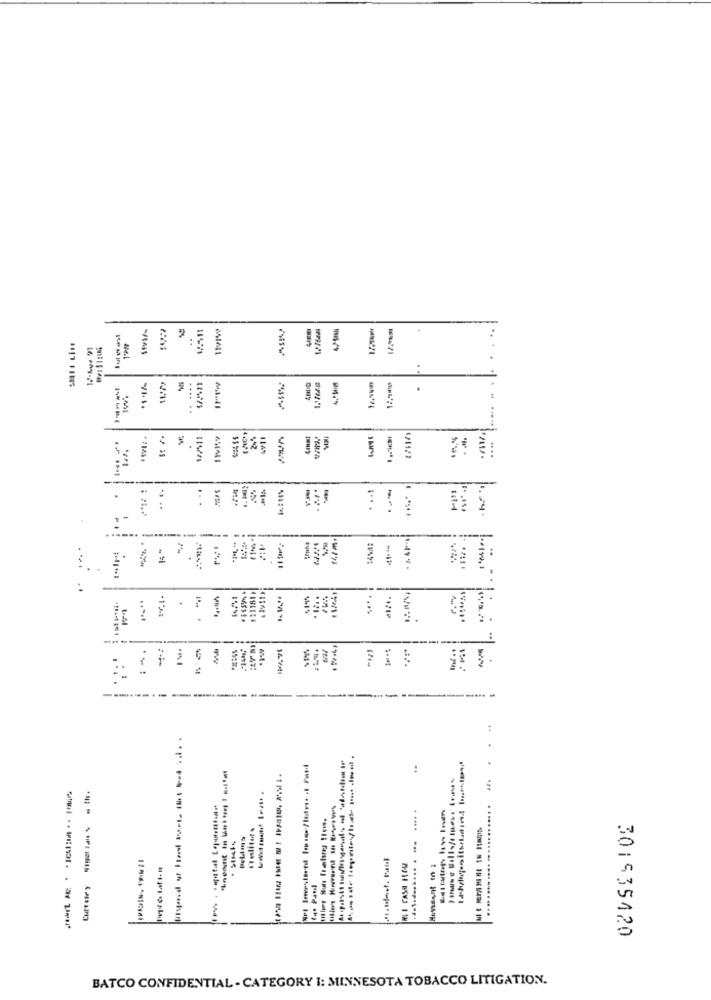
..
-
.... ..
tvn
.
:
...
14 "
.
E
wisst ·
-
ww
-
. ....
------
--------
.. . ............
301535120
BATCO CONFIDENTIAL - CATEGORY I: MINNESOTA TOBACCO LITIGATION.